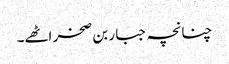
چنانچہ جبار بن صخر اٹھے۔